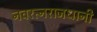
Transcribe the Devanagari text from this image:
नवरत्नराजधानी